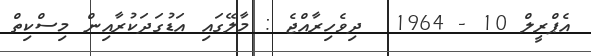
އެޕްރީލް 10 - 1964  ދިވެހިރާއްޖެ : މާލޭގައި އަޑުގަދަކުރާއިން މިސްކިތް